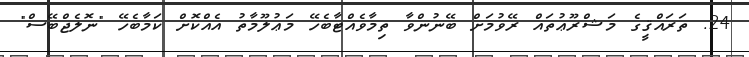
24. ތަރައްޤީގެ މަޝްރޫޢުތައް ރޭވުމަށް ބޭނުންވާ ތިމާވެއްޓާބެހޭ މަޢުލޫމާތު އެއްކޮށް ކަމާބެހޭ "ނޮލެޖްބޭސް"